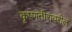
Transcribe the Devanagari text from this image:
कृष्णतीरावरील